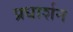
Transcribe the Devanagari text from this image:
प्रधार्शन